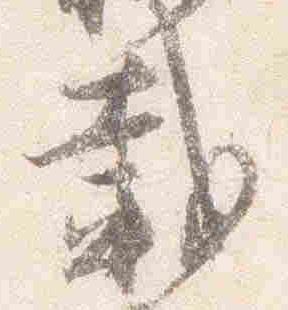
載